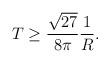
LaTeX: \begin{align*}T \geq \frac{\sqrt{27}}{8\pi}\frac{1}{R}. \end{align*}